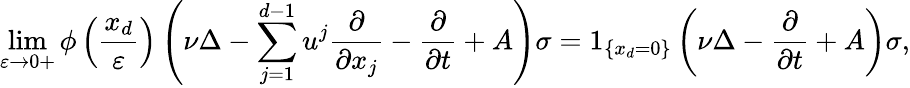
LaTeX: \operatorname*{lim}_{\varepsilon\rightarrow 0+}\phi\left(\frac{x_{d}}{\varepsilon}\right)\left(\nu\Delta-\sum_{j=1}^{d-1}u^{j}\frac{\partial}{\partial x_{j}}-\frac{\partial}{\partial t}+A\right)\sigma=1_{\{ x_{d}=0\} }\left(\nu\Delta-\frac{\partial}{\partial t}+A\right)\sigma,